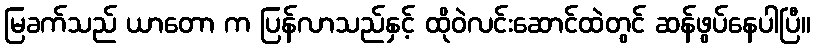
မြခက်သည် ယာတော က ပြန်လာသည်နှင့် ထိုဝဲလင်းဆောင်ထဲတွင် ဆန်ဖွပ်နေပါပြီ။